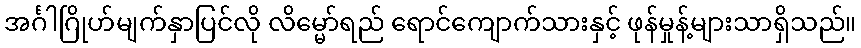
အင်္ဂါဂြိုဟ်မျက်နှာပြင်လို လိမ္မော်ရည် ရောင်ကျောက်သားနှင့် ဖုန်မှုန့်များသာရှိသည်။